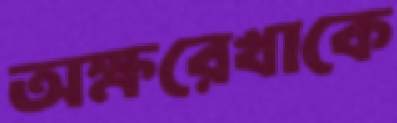
অক্ষরেখাকে